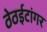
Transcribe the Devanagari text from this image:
ठेठईटांगर